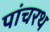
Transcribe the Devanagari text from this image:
पांचरथ